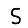
Digit: 5